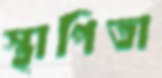
স্থাপিতা